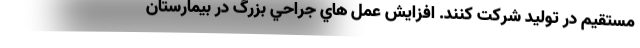
مستقیم در تولید شرکت کنند. افزايش عمل هاي جراحي بزرگ در بيمارستان